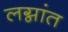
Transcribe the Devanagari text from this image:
लग्नांत